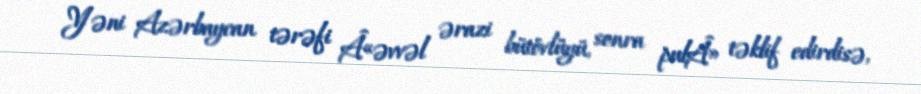
Yəni Azərbaycan tərəfi Â«əvvəl ərazi bütövlüyü, sonra pulÂ» təklif edirdisə,